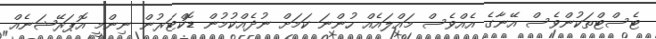
ޓެސްޓްތަކުންވެސް އޭނާގެ އެއްވެސް މައްލައެއް ހުންނަ ކަމަށް ނުދެއްކުމުން ޑޮކްޓަރުން ނިންމީ އޮޕަރޭޝަނެއް